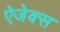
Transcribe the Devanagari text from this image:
ऐजेक्स